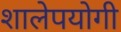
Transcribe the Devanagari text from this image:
शालेपयोगी